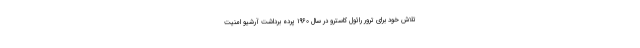
تلاش خود برای ترور رائول کاسترو در سال ۱۹۶۰ پرده برداشت آرشیو امنیت